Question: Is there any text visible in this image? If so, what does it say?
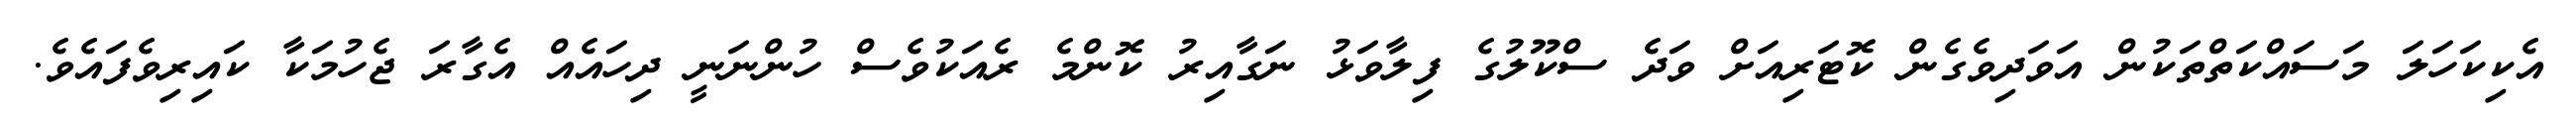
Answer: އެކިކަހަލަ މަސައްކަތްތަކުން އަވަދިވެގެން ކޮޓަރިއަށް ވަދެ ސްކޫލުގެ ފިލާވަޅު ނަގާއިރު ކޮންމެ ރެއަކުވެސް ހުންނަނީ ދިހައެއް އެގާރަ ޖެހުމަކާ ކައިރިވެފައެވެ.